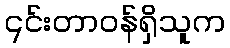
၎င်းတာဝန်ရှိသူက